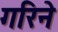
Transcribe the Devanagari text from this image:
गरिने